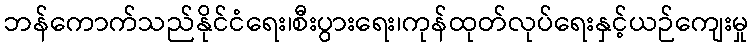
ဘန်ကောက်သည်နိုင်ငံရေး၊စီးပွားရေး၊ကုန်ထုတ်လုပ်ရေးနှင့်ယဉ်ကျေးမှု